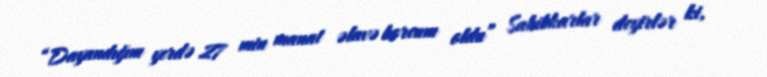
“Dayandığım yerdə 27 min manat əlavə borcum oldu” Sahibkarlar deyirlər ki,